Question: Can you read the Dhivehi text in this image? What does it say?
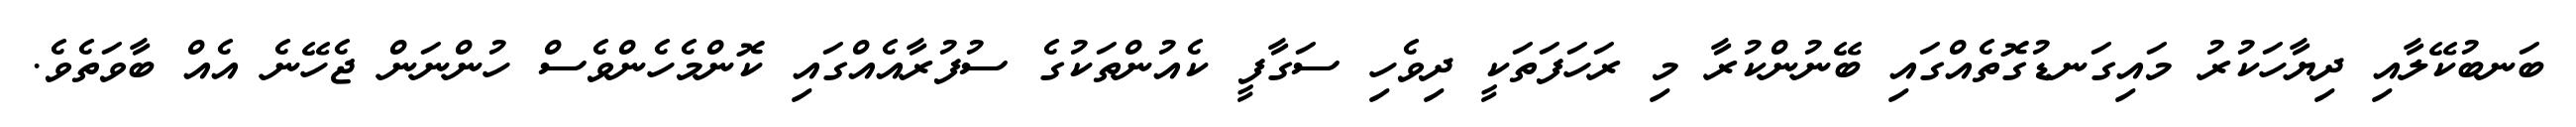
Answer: ބަނބުކޭލާއި ދިޔާހަކުރު މައިގަނޑުގޮތެއްގައި ބޭނުންކުރާ މި ރަހަފަތަކީ ދިވެހި ސަގާފީ ކެއުންތަކުގެ ސުފުރާއެއްގައި ކޮންމެހެންވެސް ހުންނަން ޖެހޭނެ އެއް ބާވަތެވެ.